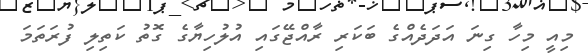
މިއީ މިހާ ގިނަ އަދަދެއްގެ ބަކަރި ރާއްޖޭގައި އުލުހިޔާގެ ގޮތު ކަތިލި ފުރަތަމަ